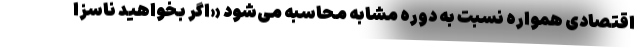
اقتصادی همواره نسبت به دوره مشابه محاسبه می‌شود «اگر بخواهید ناسزا